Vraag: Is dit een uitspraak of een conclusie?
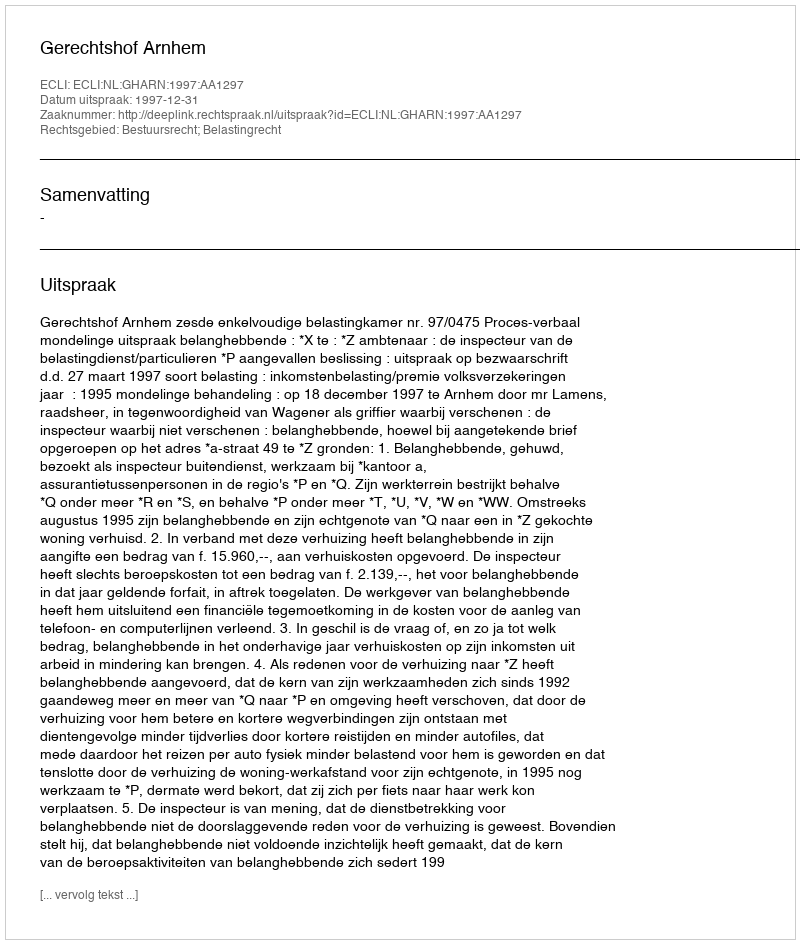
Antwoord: Uitspraak